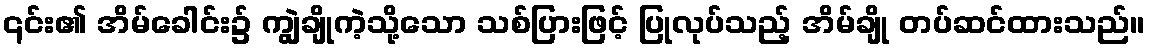
၎င်း၏ အိမ်ခေါင်း၌ ကျွဲချိုကဲ့သို့သော သစ်ပြားဖြင့် ပြုလုပ်သည့် အိမ်ချို တပ်ဆင်ထားသည်။